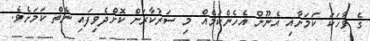
ގެ ވާހަކަ ކަމަށާއި އެނޫން އެހެންކަމެއް މި ސަރުކާރަށް ކޮށްދެވިފައި ނެތް ކަމަށެވެ.